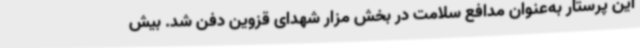
این پرستار به‌عنوان مدافع سلامت در بخش مزار شهدای قزوین دفن شد. بیش